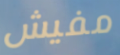
مفيش